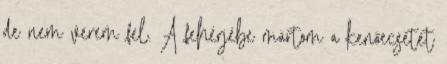
de nem verem fel. A fehérjébe mártom a kenőecsetet